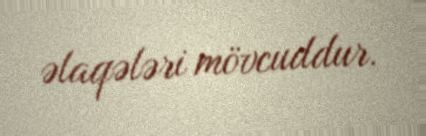
əlaqələri mövcuddur.